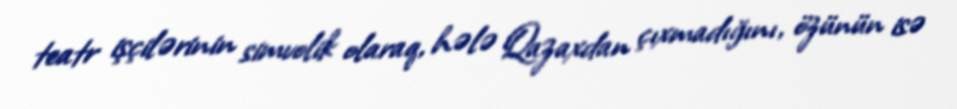
teatr işçilərinin simvolik olaraq, hələ Qazaxdan çıxmadığını, özünün isə